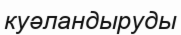
куәландыруды